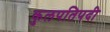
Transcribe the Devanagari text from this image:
कुलपतिपदी